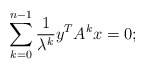
\begin{align*}\sum_{k=0}^{n-1} \frac{1}{\lambda^k}y^TA^kx = 0;\end{align*}